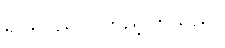
ရုပ်ရှင်ညပွဲ ကြည့်ကြသည်။